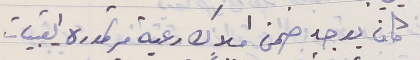
كان يوجد ضمن املاك رعية مرتموره - القبيات